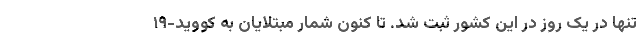
تنها در یک روز در این کشور ثبت شد. تا کنون شمار مبتلایان به کووید-۱۹